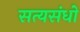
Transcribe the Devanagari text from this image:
सत्यसंधो